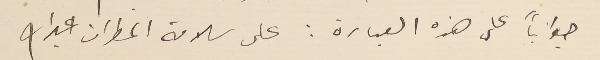
جواباً على هذه العبارة : على سلامة المطران عبدالله